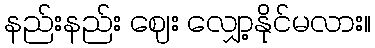
နည်းနည်း ဈေး လျှော့နိုင်မလား။